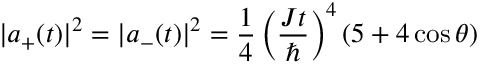
| a _ { + } ( t ) | ^ { 2 } = | a _ { - } ( t ) | ^ { 2 } = \frac { 1 } { 4 } \left( \frac { J t } { \hbar } \right) ^ { 4 } \left( 5 + 4 \cos \theta \right)